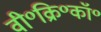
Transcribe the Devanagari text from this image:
वी॰क्रि॰कॉ॰